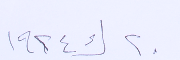
٢٠ ك١ ١٩٢٤